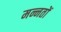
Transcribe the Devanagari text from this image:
मन्नतों